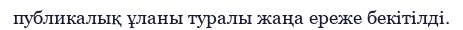
публикалық ұланы туралы жаңа ереже бекітілді.